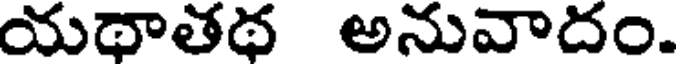
యథాతథ అనువాదం.